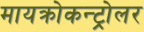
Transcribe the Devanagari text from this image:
मायक्रोकन्ट्रोलर